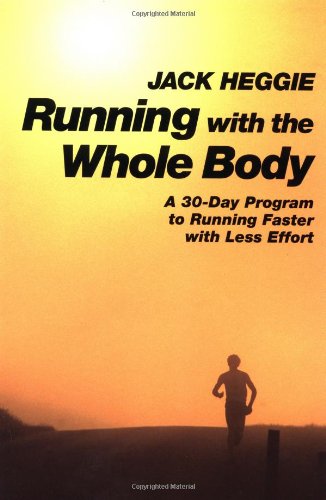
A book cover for Running with the Whole Body: A 30-Day Program to Running Faster with Less Effort; Jack Heggie; Sports & Outdoors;